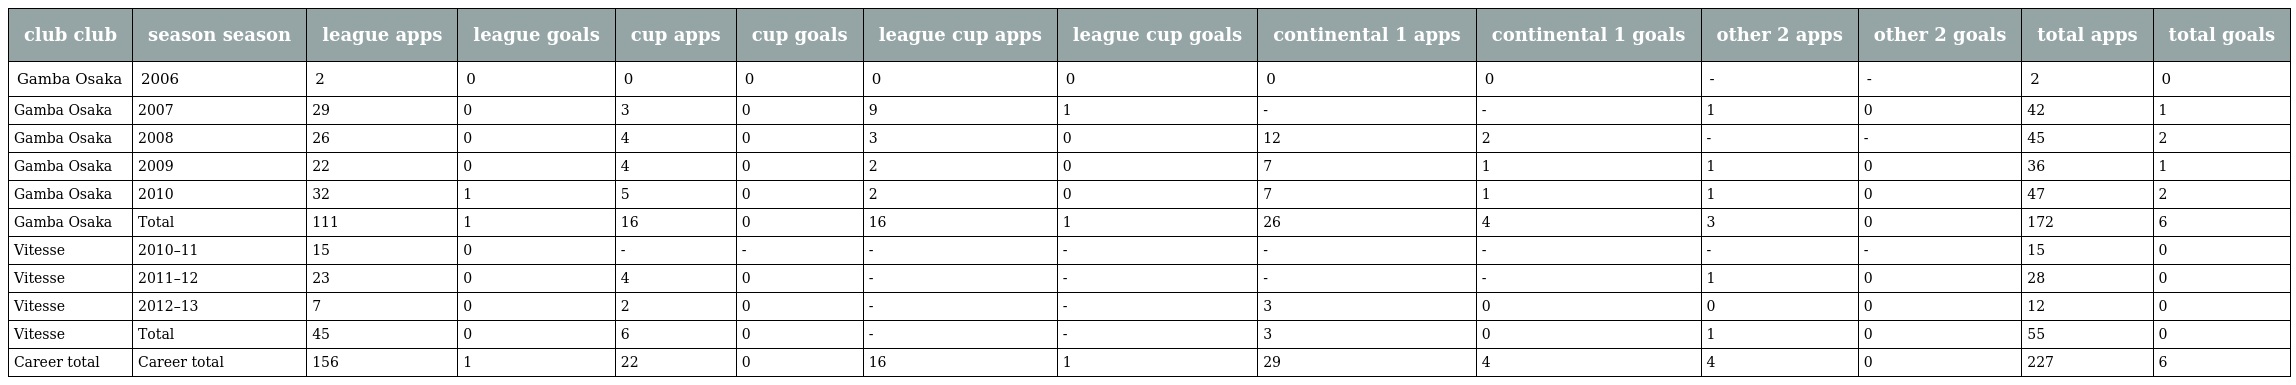
| club club | season season | league apps | league goals | cup apps | cup goals | league cup apps | league cup goals | continental 1 apps | continental 1 goals | other 2 apps | other 2 goals | total apps | total goals |
 | --- | --- | --- | --- | --- | --- | --- | --- | --- | --- | --- | --- | --- | --- |
 | Gamba Osaka | 2006 | 2 | 0 | 0 | 0 | 0 | 0 | 0 | 0 | - | - | 2 | 0 |
 | Gamba Osaka | 2007 | 29 | 0 | 3 | 0 | 9 | 1 | - | - | 1 | 0 | 42 | 1 |
 | Gamba Osaka | 2008 | 26 | 0 | 4 | 0 | 3 | 0 | 12 | 2 | - | - | 45 | 2 |
 | Gamba Osaka | 2009 | 22 | 0 | 4 | 0 | 2 | 0 | 7 | 1 | 1 | 0 | 36 | 1 |
 | Gamba Osaka | 2010 | 32 | 1 | 5 | 0 | 2 | 0 | 7 | 1 | 1 | 0 | 47 | 2 |
 | Gamba Osaka | Total | 111 | 1 | 16 | 0 | 16 | 1 | 26 | 4 | 3 | 0 | 172 | 6 |
 | Vitesse | 2010–11 | 15 | 0 | - | - | - | - | - | - | - | - | 15 | 0 |
 | Vitesse | 2011–12 | 23 | 0 | 4 | 0 | - | - | - | - | 1 | 0 | 28 | 0 |
 | Vitesse | 2012–13 | 7 | 0 | 2 | 0 | - | - | 3 | 0 | 0 | 0 | 12 | 0 |
 | Vitesse | Total | 45 | 0 | 6 | 0 | - | - | 3 | 0 | 1 | 0 | 55 | 0 |
 | Career total | Career total | 156 | 1 | 22 | 0 | 16 | 1 | 29 | 4 | 4 | 0 | 227 | 6 |